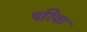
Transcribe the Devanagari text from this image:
परिवा